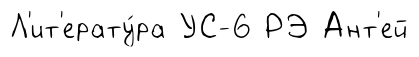
Л'ит'ерату́ра УС-6 РЭ Ант'ей